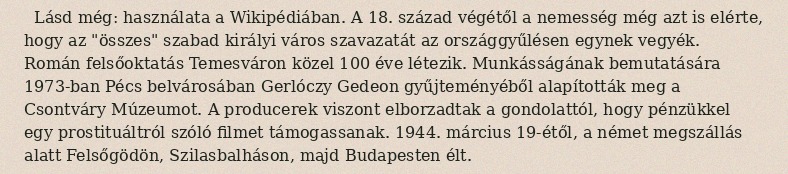
Lásd még: használata a Wikipédiában. A 18. század végétől a nemesség még azt is elérte, hogy az "összes" szabad királyi város szavazatát az országgyűlésen egynek vegyék. Román felsőoktatás Temesváron közel 100 éve létezik. Munkásságának bemutatására 1973-ban Pécs belvárosában Gerlóczy Gedeon gyűjteményéből alapították meg a Csontváry Múzeumot. A producerek viszont elborzadtak a gondolattól, hogy pénzükkel egy prostituáltról szóló filmet támogassanak. 1944. március 19-étől, a német megszállás alatt Felsőgödön, Szilasbalháson, majd Budapesten élt.